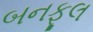
બનફૂલ